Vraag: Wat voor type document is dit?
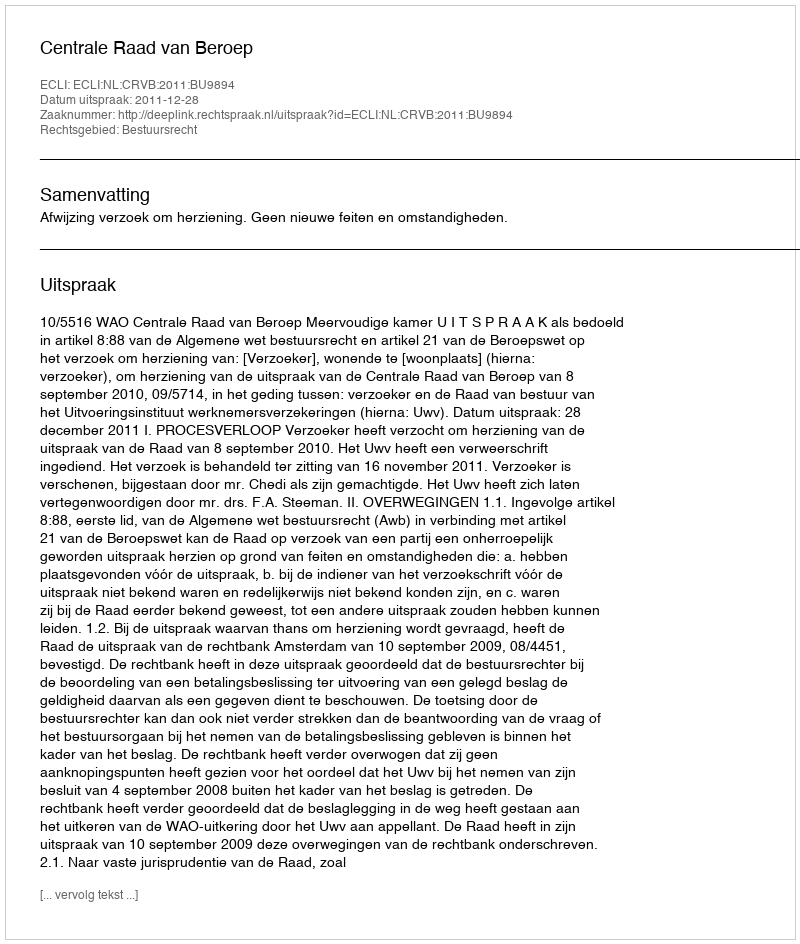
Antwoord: Uitspraak